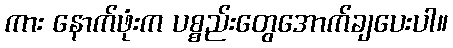
ကား နောက်ဖုံးက ပစ္စည်းတွေအောက်ချပေးပါ။